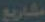
مشاريع